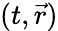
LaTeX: (t,\vec{r})